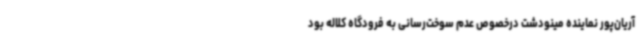
آریان‌پور نماینده مینودشت درخصوص عدم سوخت‌رسانی به فرودگاه کلاله بود